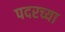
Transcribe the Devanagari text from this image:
पदरच्या